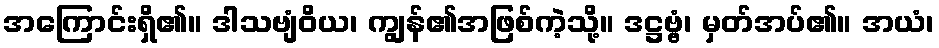
အကြောင်းရှိ၏။ ဒါသဗျံဝိယ၊ ကျွန်၏အဖြစ်ကဲ့သို့။ ဒဋ္ဌဗ္ဗံ၊ မှတ်အပ်၏။ အယံ၊